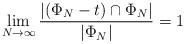
LaTeX: \begin{align*}\lim_{N \to \infty} \dfrac{|(\Phi_N - t) \cap \Phi_N|}{|\Phi_N|} = 1\end{align*}